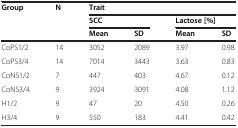
| <ROWSPAN=3> Group | <ROWSPAN=3> N | <COLSPAN=4> Trait |
 | <COLSPAN=2> SCC | <COLSPAN=2> Lactose [%] |
 | Mean | SD | Mean | SD |
 | --- | --- | --- | --- | --- | --- |
 | CoPS1/2 | 14 | 3052 | 2089 | 3.97 | 0.98 |
 | CoPS3/4 | 14 | 7014 | 3443 | 3.63 | 0.83 |
 | CoNS1/2 | 7 | 447 | 403 | 4.67 | 0.12 |
 | CoNS3/4 | 9 | 3924 | 3091 | 4.08 | 1.12 |
 | H1/2 | 9 | 47 | 20 | 4.50 | 0.26 |
 | H3/4 | 9 | 550 | 183 | 4.41 | 0.42 |